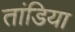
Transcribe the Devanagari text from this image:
तांडिया